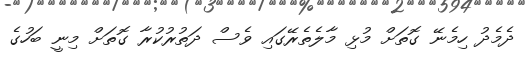
ދެމެދު ހިމެނޭ ގޮތަށް މުޅި މާލެތެރޭގައި ވެސް ދަތުރުކުރާ ގޮތަށް މިނީ ބަހުގެ